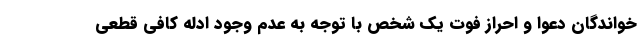
خواندگان دعوا و احراز فوت یک شخص با توجه به عدم وجود ادله کافی قطعی